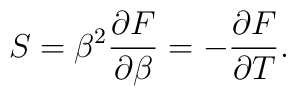
S=\beta^2{{\partial F}\over{\partial\beta}}=-{{\partial F}\over{\partial T}}.